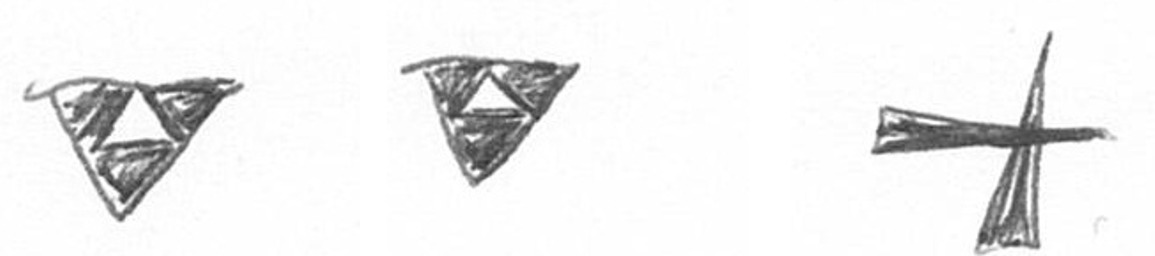
S S G